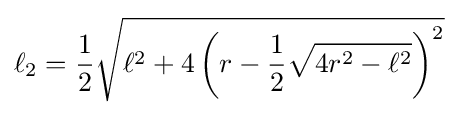
\ell _{2}={\frac {1}{2}}{\sqrt {\ell ^{2}+4\left(r-{\frac {1}{2}}{\sqrt {4r^{2}-\ell ^{2}}}\right)^{2}}}